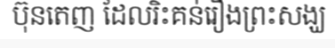
ប៊ុនតេញ ដែលរិះគន់រឿងព្រះសង្ឃ